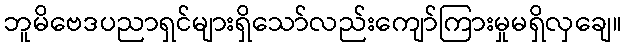
ဘူမိဗေဒပညာရှင်များရှိသော်လည်းကျော်ကြားမှုမရှိလှချေ။